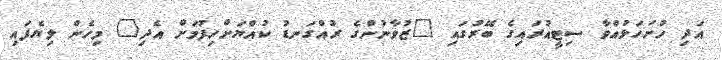
އަދި ހުށަހަޅުއްވާ ސިޓީއުރައިގެ ބޭރުގައި "ޒުވާނުންގެ ރުއްގަނޑު ކުއްޔަށްހިފުމަށް އެދި" މިހެން ލިޔެފައި